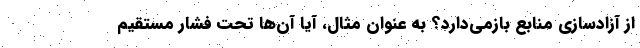
از آزادسازی منابع بازمی‌دارد؟ به عنوان مثال، آیا آن‌ها تحت فشار مستقیم